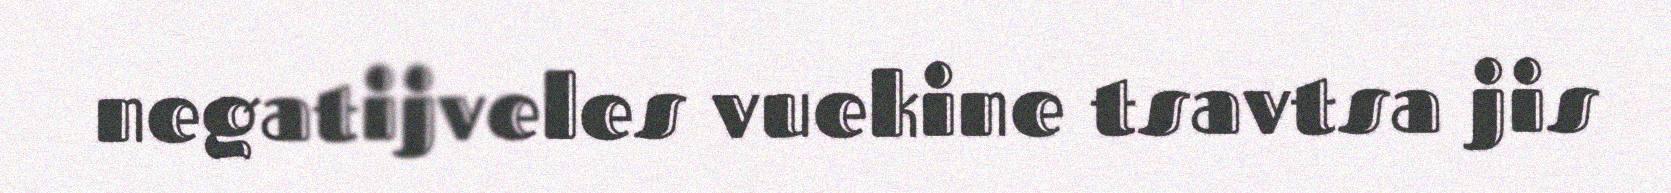
negatijveles vuekine tsavtsa jis